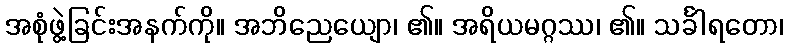
အစုံဖွဲ့ခြင်းအနက်ကို။ အဘိညေယျော၊ ၏။ အရိယမဂ္ဂဿ၊ ၏။ သင်္ခါရတော၊